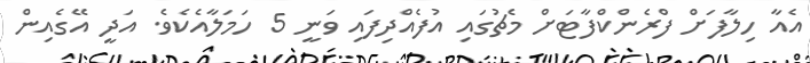
އެއާ ހިލާފަށް ފްރެންކްފާޓަށް މެޗުގައި އުފެއްދިފައި ވަނީ 5 ހަމަލާއެކެވެ. އަދީ އޭގެއިން